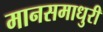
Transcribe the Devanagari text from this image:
मानसमाधुरी